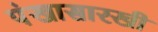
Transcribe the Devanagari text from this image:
पंखासारखी